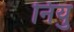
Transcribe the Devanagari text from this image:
नियु